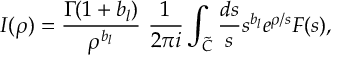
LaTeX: I ( \rho ) = \frac { \Gamma ( 1 + b _ { l } ) } { \rho ^ { b _ { l } } } \ \frac { 1 } { 2 \pi i } \int _ { \tilde { C } } \frac { d s } { s } s ^ { b _ { l } } e ^ { \rho / s } F ( s ) ,